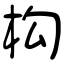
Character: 构